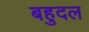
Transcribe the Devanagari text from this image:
बहुदल